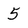
Character: 5